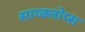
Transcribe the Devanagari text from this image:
साय्क्लोप्स